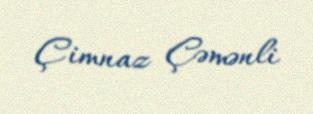
Çimnaz Çəmənli